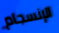
الإنسجام